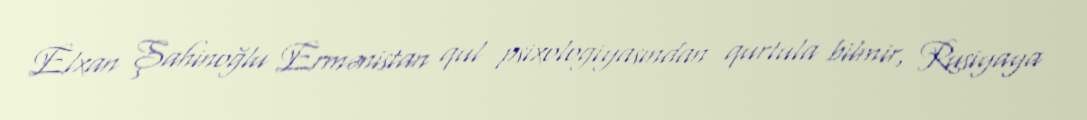
Elxan Şahinoğlu Ermənistan qul psixologiyasından qurtula bilmir, Rusiyaya